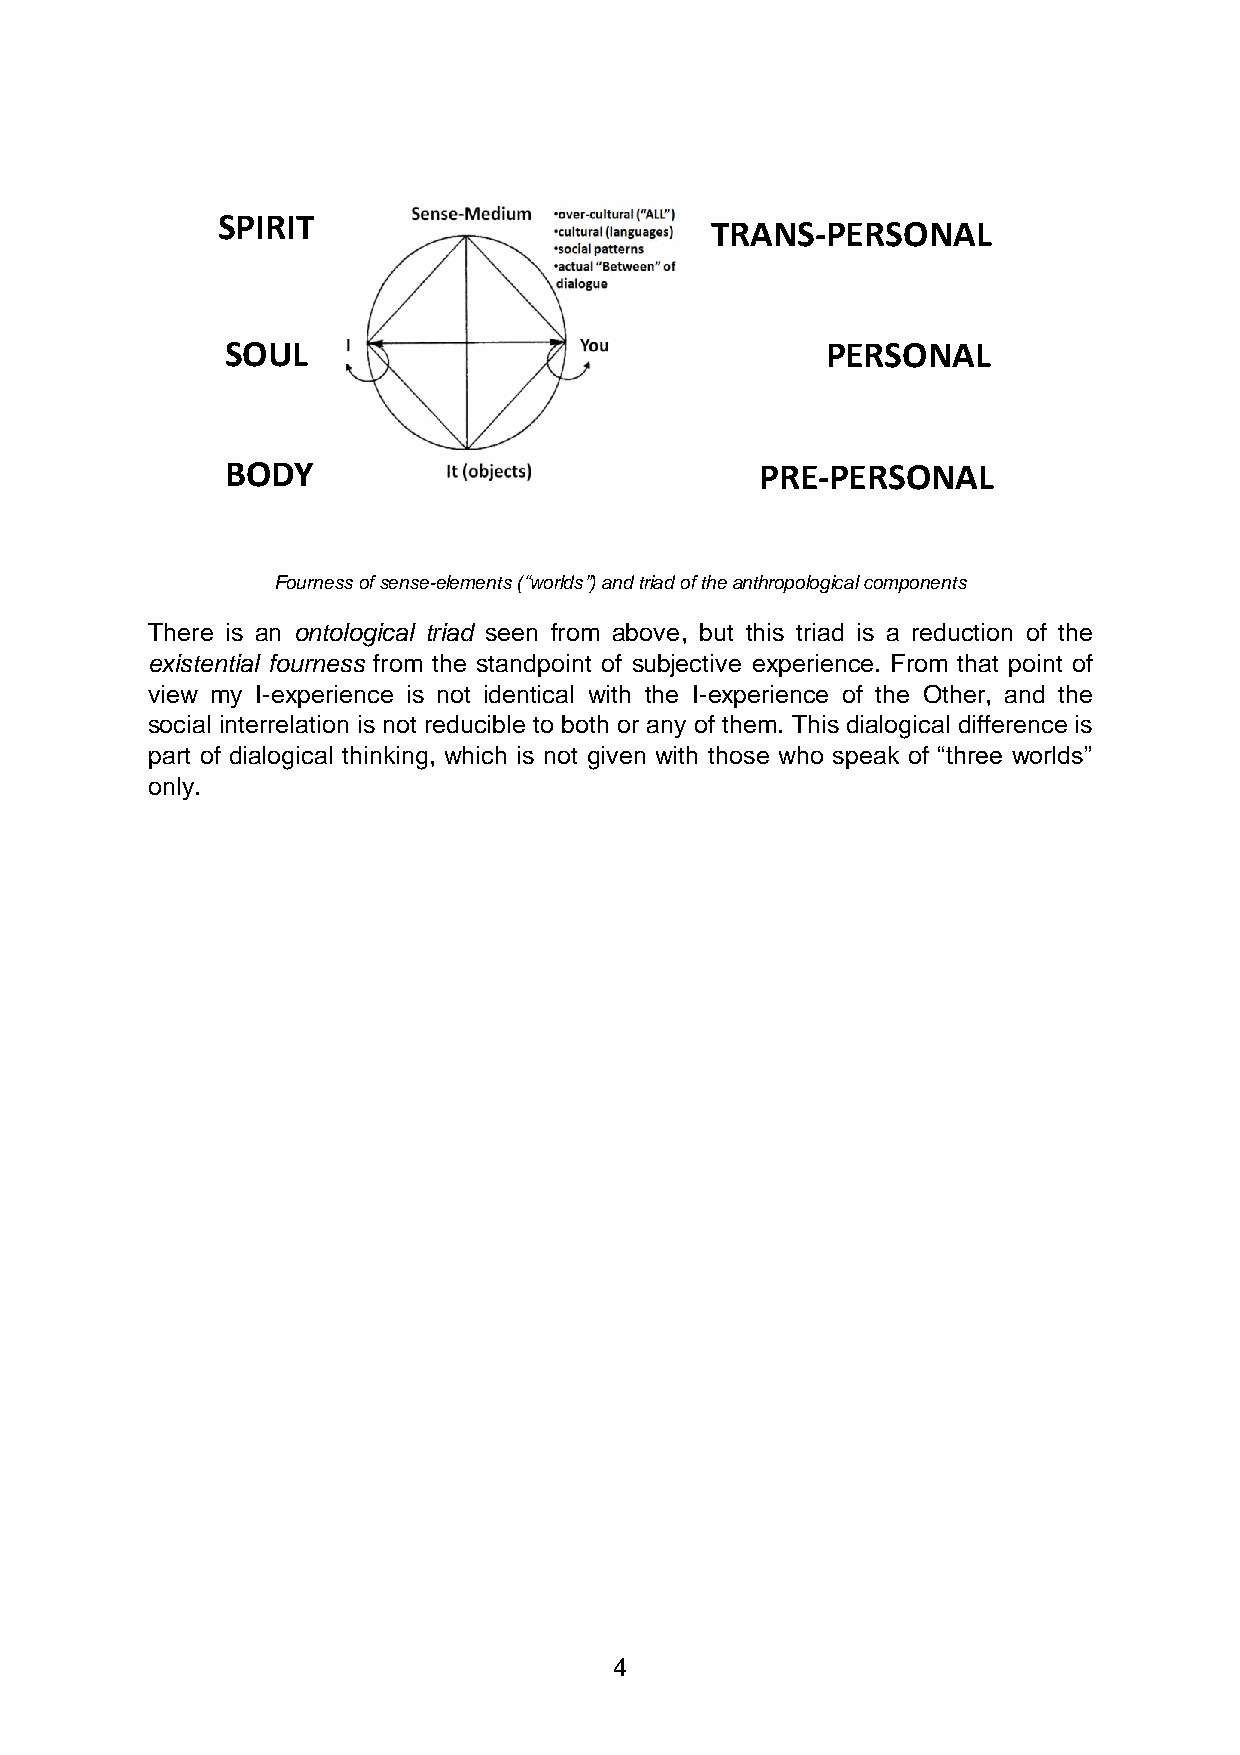
SPIRIT
 TRANS-PERSONAL
 SOUL                                    PERSONAL
 BODY                               PRE-PERSONAL
 Fourness of sense-elements (“worlds”) and triad of the anthropological components
 There is an ontological triad seen from above, but this triad is a reduction of the
 existential fourness from the standpoint of subjective experience. From that point of
 view my I-experience is not identical with the I-experience of the Other, and the
 social interrelation is not reducible to both or any of them. This dialogical difference is
 part of dialogical thinking, which is not given with those who speak of “three worlds”
 only.
 4